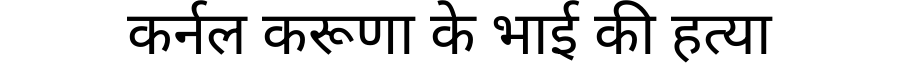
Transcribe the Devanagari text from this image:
कर्नल करूणा के भाई की हत्या